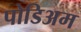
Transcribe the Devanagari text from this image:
पोडिअम